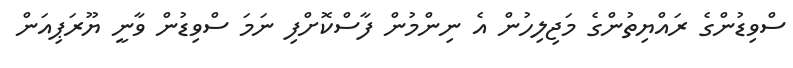
ސްވިޑުންގެ ރައްޔިތުންގެ މަޖިލިހުން އެ ނިންމުން ފާސްކޮށްފި ނަމަ ސްވިޑުން ވާނީ ޔޫރަޕިއަން